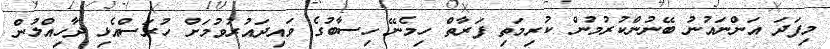
މިފަދަ އަންނައުނު ބޭނުންކުރުމުން ކުރިމަތި ފަރާތް ހިމެނޭ ހިސާބުގެ ވައިދައުރުވުމަށް ހުރަސްއެޅި ދާހިއްލުން